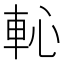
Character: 𨊳